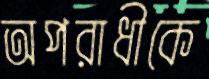
অপরাধীকে